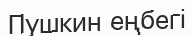
Пушкин еңбегі